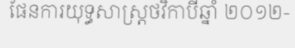
ផែនការយុទ្ធសាស្ត្រថវិកាបីឆ្នាំ ២០១២-